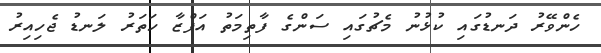
ހެންވޭރު ދަނޑުގައި ކުޅުނު މެޗުގައި ސަންގެ ފާތިމަތު އަފްޒާ ހަތަރު ލަނޑު ޖެހިއިރު